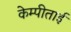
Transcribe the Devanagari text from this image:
केम्पीताई